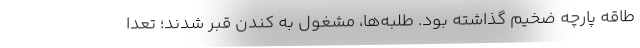
طاقه پارچه ضخيم گذاشته بود. طلبه‌ها، مشغول به كندن قبر شدند؛ تعدا